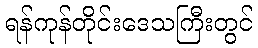
ရန်ကုန်တိုင်းဒေသကြီးတွင်